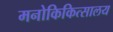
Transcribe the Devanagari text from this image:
मनोकिकित्सालय